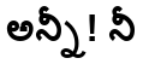
అన్నీ! నీ